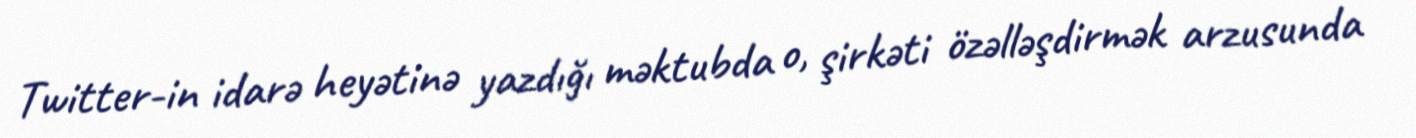
Twitter-in idarə heyətinə yazdığı məktubda o, şirkəti özəlləşdirmək arzusunda